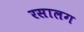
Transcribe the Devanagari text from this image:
रसालग